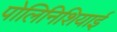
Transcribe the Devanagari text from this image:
पोलिनिशियाई